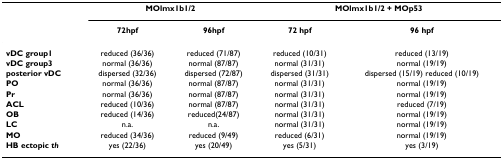
<table><thead><tr><td></td><td colspan="2"><b>MOlmx1b1/2</b></td><td colspan="2"><b>MOlmx1b1/2 + MOp53</b></td></tr><tr><td></td><td><b>72hpf</b></td><td><b>96hpf</b></td><td><b>72 hpf</b></td><td><b>96 hpf</b></td></tr></thead><tbody><tr><td><b>vDC group1</b></td><td>reduced (36/36)</td><td>reduced (71/87)</td><td>reduced (10/31)</td><td>reduced (13/19)</td></tr><tr><td><b>vDC group3</b></td><td>normal (36/36)</td><td>normal (87/87)</td><td>normal (31/31)</td><td>normal (19/19)</td></tr><tr><td><b>posterior vDC</b></td><td>dispersed (32/36)</td><td>dispersed (72/87)</td><td>dispersed (31/31)</td><td>dispersed (15/19) reduced (10/19)</td></tr><tr><td><b>PO</b></td><td>normal (36/36)</td><td>normal (87/87)</td><td>normal (31/31)</td><td>normal (19/19)</td></tr><tr><td><b>Pr</b></td><td>normal (36/36)</td><td>normal (87/87)</td><td>normal (31/31)</td><td>normal (19/19)</td></tr><tr><td><b>ACL</b></td><td>reduced (10/36)</td><td>normal (87/87)</td><td>normal (31/31)</td><td>reduced (7/19)</td></tr><tr><td><b>OB</b></td><td>reduced (14/36)</td><td>reduced(24/87)</td><td>normal (31/31)</td><td>normal (19/19)</td></tr><tr><td><b>LC</b></td><td>n.a.</td><td>n.a.</td><td>normal (31/31)</td><td>normal (19/19)</td></tr><tr><td><b>MO</b></td><td>reduced (34/36)</td><td>reduced (9/49)</td><td>reduced (6/31)</td><td>normal (19/19)</td></tr><tr><td><b>HB ectopic <i>th</i></b></td><td>yes (22/36)</td><td>yes (20/49)</td><td>yes (5/31)</td><td>yes (3/19)</td></tr></tbody></table>